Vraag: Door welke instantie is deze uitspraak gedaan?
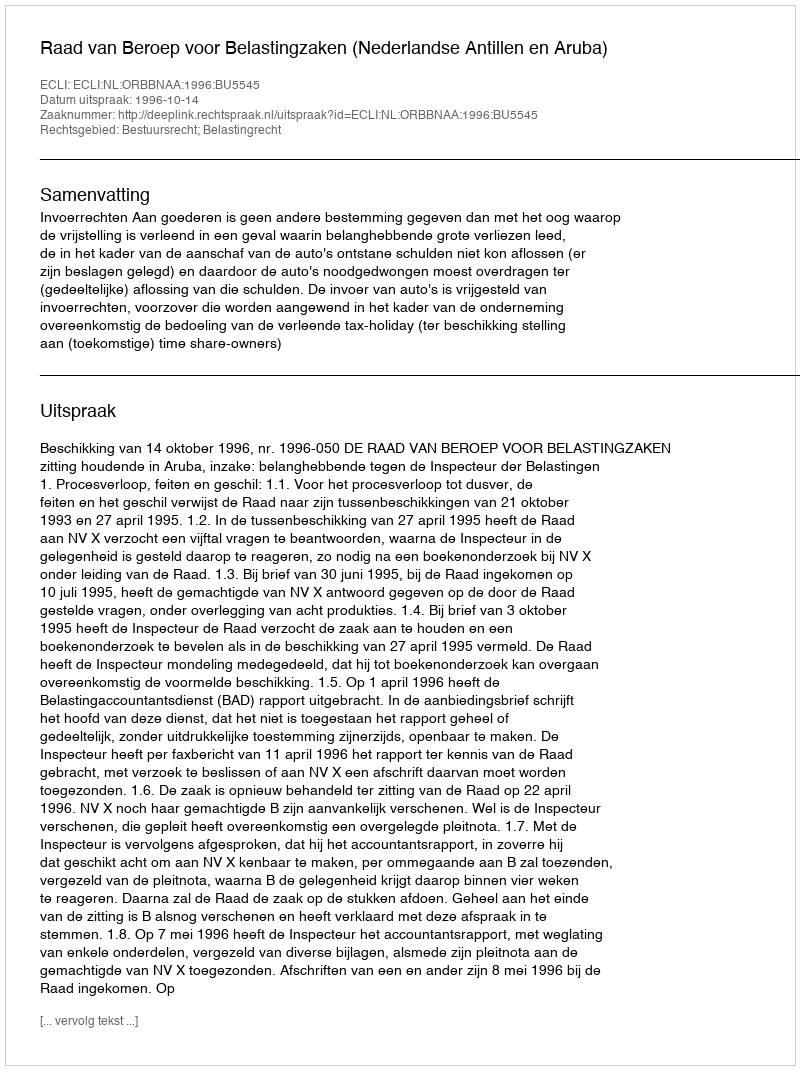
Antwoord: Raad van Beroep voor Belastingzaken (Nederlandse Antillen en Aruba)